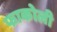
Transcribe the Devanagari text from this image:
फाकोली